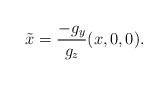
LaTeX: \begin{align*} \tilde{x} = \frac{-g_y}{g_z}(x,0,0). \end{align*}